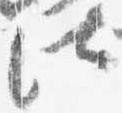
法